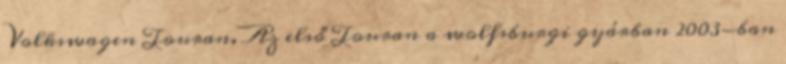
Volkswagen Touran. Az első Touran a wolfsburgi gyárban 2003-ban